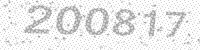
Solution: 200817